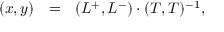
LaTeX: ( x , y ) ~ ~ = ~ ~ ( L ^ { + } , L ^ { - } ) \cdot ( T , T ) ^ { - 1 } ,